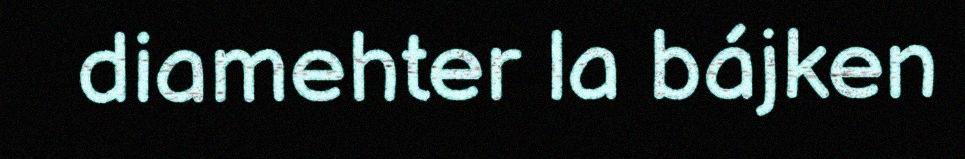
diamehter la bájken